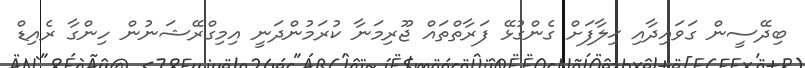
ބިދޭސީން ގަވައިދާއި ޚިލާފަށް ގެންގުޅޭ ފަރާތްތައް ޖޫރިމަނާ ކުރަމުންދަނީ އިމިގްރޭޝަނުން ހިންގާ ރެއިޑް